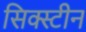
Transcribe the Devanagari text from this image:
सिक्स्टीन